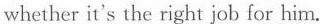
whether it's the right job for him.